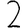
Digit: 2